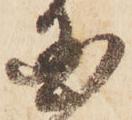
国